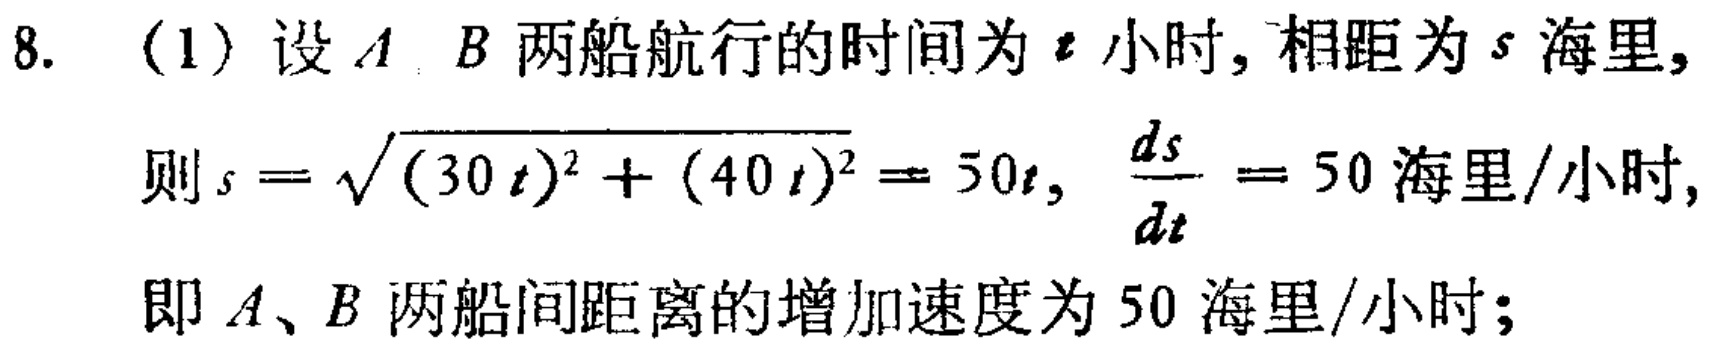
8. （1）设\(A\)、\(B\)两船航行的时间为\(t\)小时，相距为\(s\)海里，
则\(s = \sqrt{(30t)^2 + (40t)^2} = 50t\)，\(\frac{ds}{dt} = 50\)海里/小时，
即\(A\)、\(B\)两船间距离的增加速度为\(50\)海里/小时；